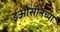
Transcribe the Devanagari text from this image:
इओसीनच्या